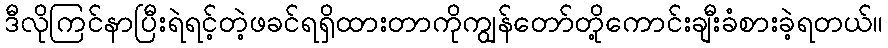
ဒီလိုကြင်နာပြီးရဲရင့်တဲ့ဖခင်ရရှိထားတာကိုကျွန်တော်တို့ကောင်းချီးခံစားခဲ့ရတယ်။